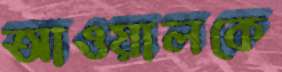
আওয়ালকে